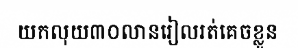
យកលុយ៣០លានរៀលរត់គេចខ្លួន